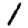
Digit: 1